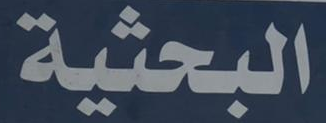
البحثية